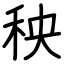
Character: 秧